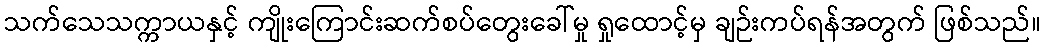
သက်သေသက္ကာယနှင့် ကျိုးကြောင်းဆက်စပ်တွေးခေါ်မှု ရှုထောင့်မှ ချဉ်းကပ်ရန်အတွက် ဖြစ်သည်။